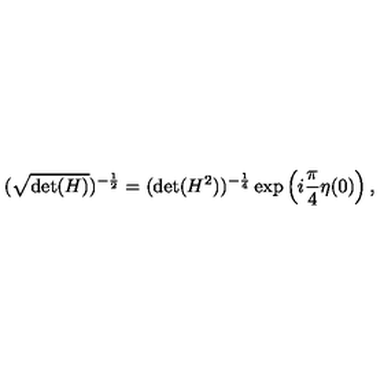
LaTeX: ( \sqrt { \mathrm { d e t } ( H ) } ) ^ { - \frac { 1 } { 2 } } = ( \mathrm { d e t } ( H ^ { 2 } ) ) ^ { - \frac { 1 } { 4 } } \exp \left( i \frac { \pi } { 4 } \eta ( 0 ) \right) ,